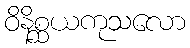
ဝိနိစ္ဆယကုသလော